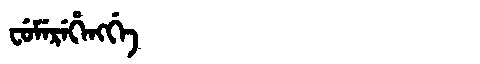
Manchu: ᠸᡠᠮᡝᡵᡝᡥᡝᠩᡤᡝ
Romanization: FUMEREHENGGE